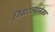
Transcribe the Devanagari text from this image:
निसटल्यानंतर